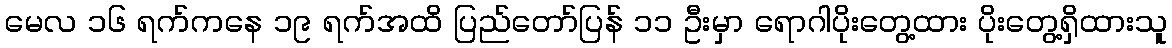
မေလ ၁၆ ရက်ကနေ ၁၉ ရက်အထိ ပြည်တော်ပြန် ၁၁ ဦးမှာ ရောဂါပိုးတွေ့ထား ပိုးတွေ့ရှိထားသူ